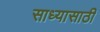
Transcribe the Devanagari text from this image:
साध्यासाठी